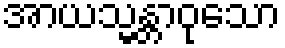
အာယသ္မန္တာဝုသော